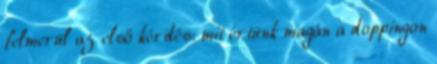
felmerül az első kérdés: mit értünk magán a doppingon